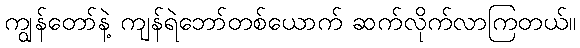
ကျွန်တော်နဲ့ ကျန်ရဲဘော်တစ်ယောက် ဆက်လိုက်လာကြတယ်။